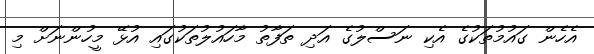
އެހެން ގައުމުތަކުގެ އެކި ނަސްލުގެ އަދި ތަފާތު މާހައުލުތަކުގައި އުޅޭ މީހުންނަށް މި